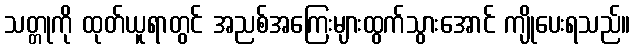
သတ္တုကို ထုတ်ယူရာတွင် အညစ်အကြေးများထွက်သွားအောင် ကျိုပေးရသည်။